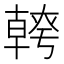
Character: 𭅪